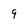
Character: 9